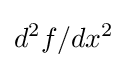
d^{2}f/dx^{2}